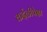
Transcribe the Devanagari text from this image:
कर्दळीपेक्षा